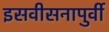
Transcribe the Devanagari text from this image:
इसवीसनापुर्वी